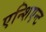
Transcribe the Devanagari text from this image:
एन्शिएन्ट